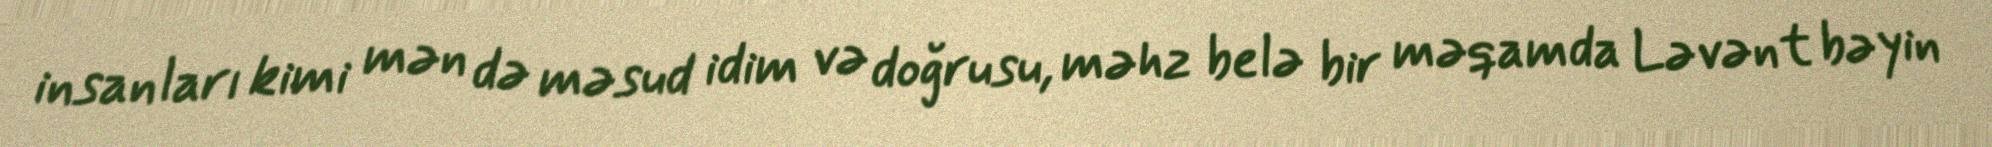
insanları kimi mən də məsud idim və doğrusu, məhz belə bir məqamda Ləvənt bəyin